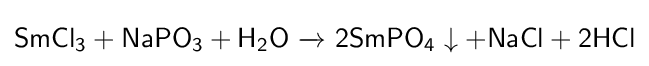
{\mathsf {SmCl_{3}+NaPO_{3}+H_{2}O\ {\xrightarrow {}}\ 2SmPO_{4}\downarrow +NaCl+2HCl}}